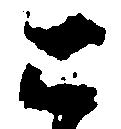
ニ